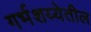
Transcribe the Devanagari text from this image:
गर्भशय्येतील